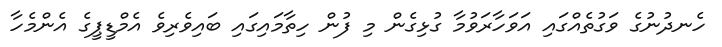
ހެނދުނުގެ ވަގުތެއްގައި އަވަހާރަވުމާ ގުޅިގެން މި ފުން ހިތާމައިގައި ބައިވެރިވެ އެމްޑީޕީގެ އެންމެހާ